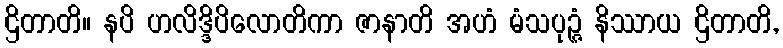
ဌိတာတိ။ နပိ ဟလိဒ္ဒိပိလောတိကာ ဇာနာတိ အဟံ မံသပုဉ္ဇံ နိဿာယ ဌိတာတိ,